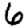
Digit: 6